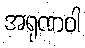
အရုဏဝါ